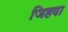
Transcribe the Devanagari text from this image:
जिहवा